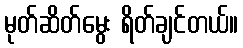
မုတ်ဆိတ်မွေး ရိတ်ချင်တယ်။